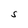
Character: S